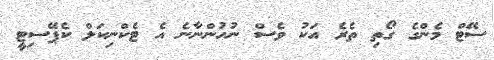
ސޭޓް މެންގެ ގޯތި ތެރެ އަކު ވެސް ނުުހުންނާނެ އެ ޓެކްނިކަލް ކެޕޭސިޓީ